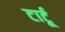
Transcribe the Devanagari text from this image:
टार्टू